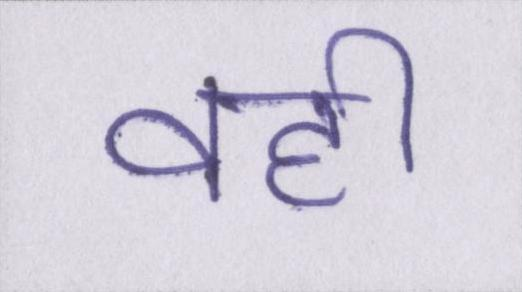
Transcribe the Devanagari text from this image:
वही